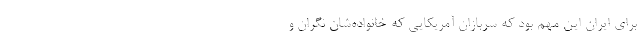
برای ایران این مهم بود که سربازان آمریکایی که خانواده‌شان نگران و